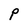
Character: P